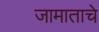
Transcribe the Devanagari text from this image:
जामाताचे